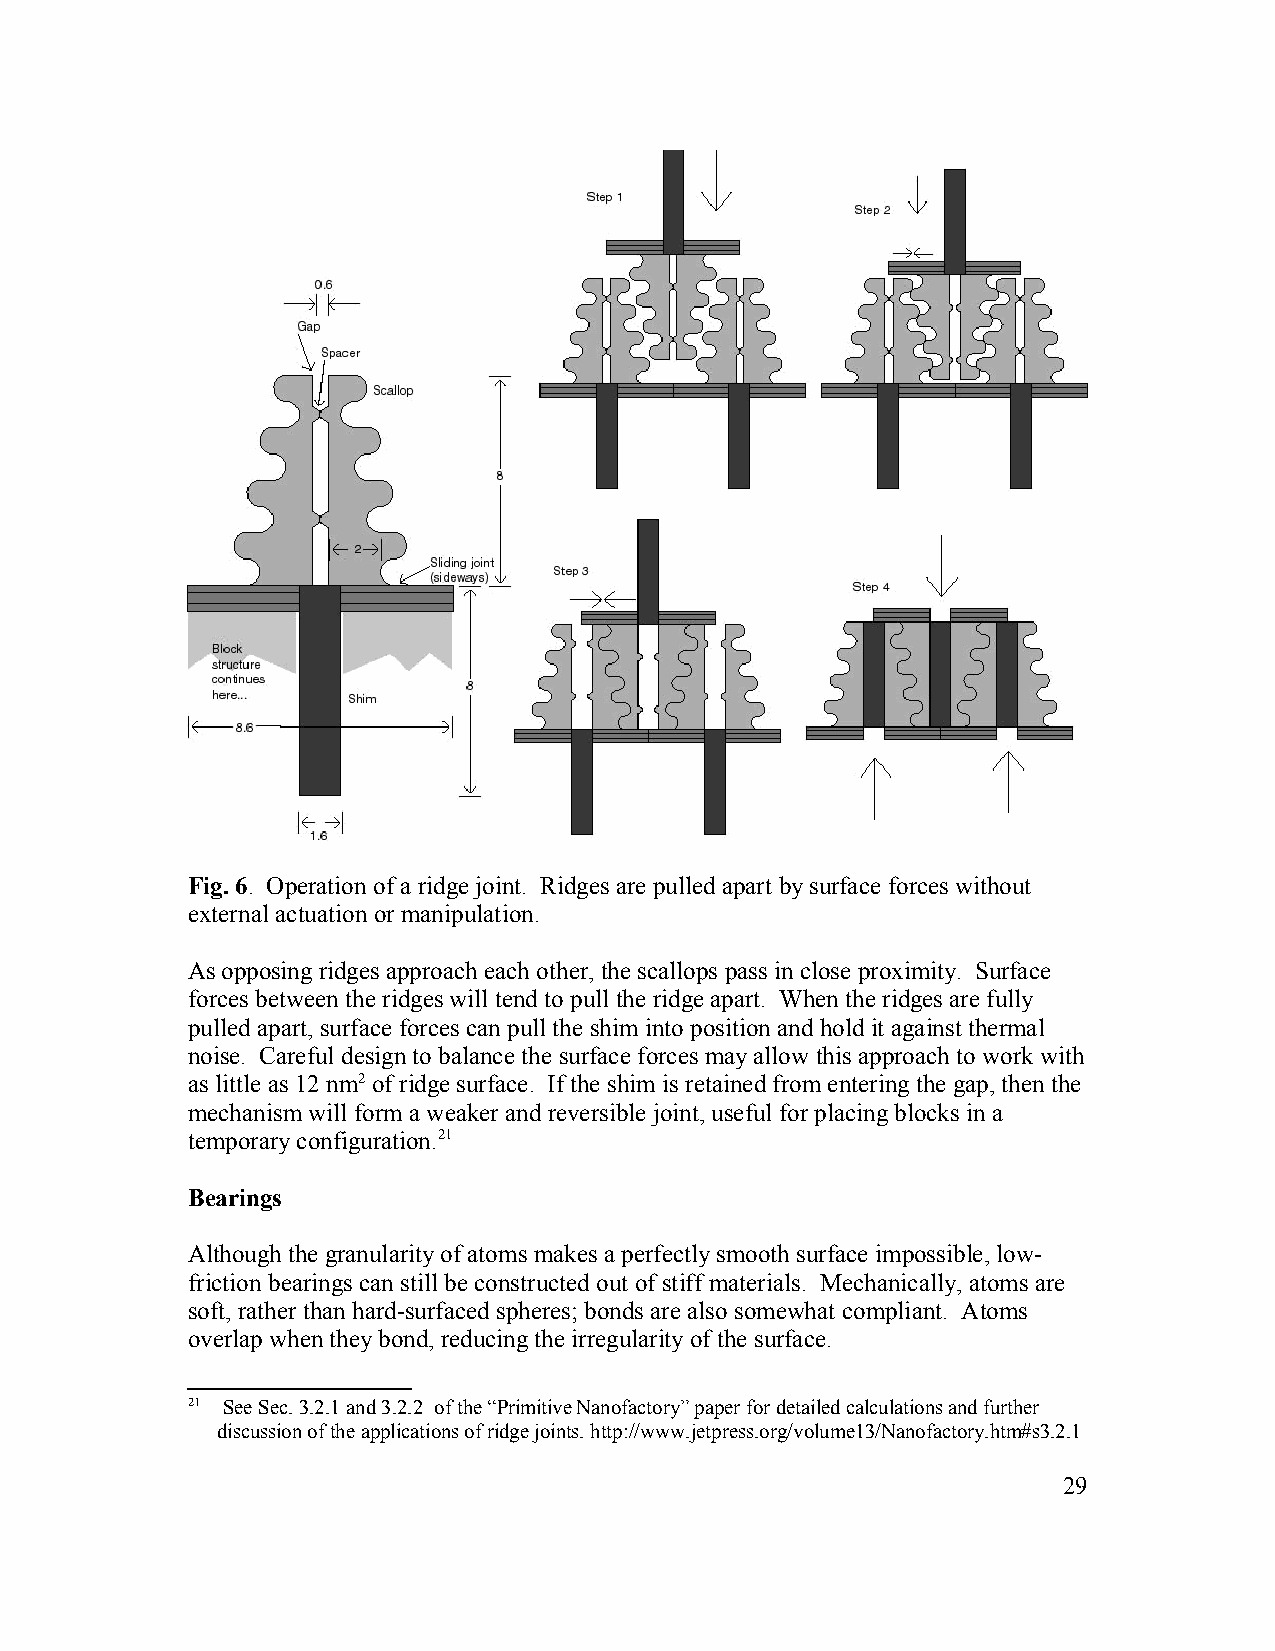
Fig. 6. Operation of a ridge joint. Ridges are pulled apart by surface forces without
 external actuation or manipulation.
 As opposing ridges approach each other, the scallops pass in close proximity. Surface
 forces between the ridges will tend to pull the ridge apart. When the ridges are fully
 pulled apart, surface forces can pull the shim into position and hold it against thermal
 noise. Careful design to balance the surface forces may allow this approach to work with
 as little as 12 nm2 of ridge surface. If the shim is retained from entering the gap, then the
 mechanism will form a weaker and reversible joint, useful for placing blocks in a
 temporary configuration.21
 Bearings
 Although the granularity of atoms makes a perfectly smooth surface impossible, low-
 friction bearings can still be constructed out of stiff materials. Mechanically, atoms are
 soft, rather than hard-surfaced spheres; bonds are also somewhat compliant. Atoms
 overlap when they bond, reducing the irregularity of the surface.
 21 See Sec. 3.2.1 and 3.2.2 of the “Primitive Nanofactory” paper for detailed calculations and further
 discussion of the applications of ridge joints. http://www.jetpress.org/volume13/Nanofactory.htm#s3.2.1
 29